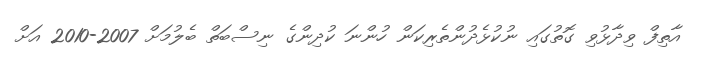
އާތިފް ވިދާޅުވި ގޮތުގައި ނުކުޅެދުންތެރިކަން ހުންނަ ކުދިންގެ ނިސްބަތް ބެލުމަށް 2007-2010 އަށް